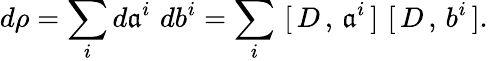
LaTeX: d\rho=\sum_{i}d\mathfrak{a}^{i}\, \, db^{i}=\sum_{i}\, \, [\, D\, ,\, \mathfrak{a}^{i}\, ]\, \, [\, D\, ,\, b^{i}\, ].